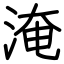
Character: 淹